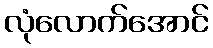
လုံလောက်အောင်